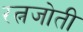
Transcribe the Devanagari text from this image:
रत्नजोती